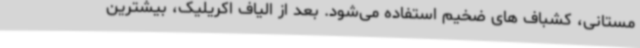
مستانی، کشباف های ضخیم استفاده می‌شود. بعد از الیاف اکریلیک، بیشترین